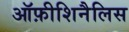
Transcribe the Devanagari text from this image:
ऑफ़ीशिनैलिस